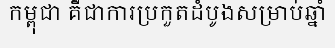
កម្ពុជា គឺជាការប្រកួតដំបូងសម្រាប់ឆ្នាំ